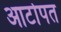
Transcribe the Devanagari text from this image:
आटोपत